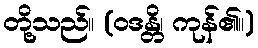
တို့သည်။ (ဝဒန္တိ၊ ကုန်၏။)